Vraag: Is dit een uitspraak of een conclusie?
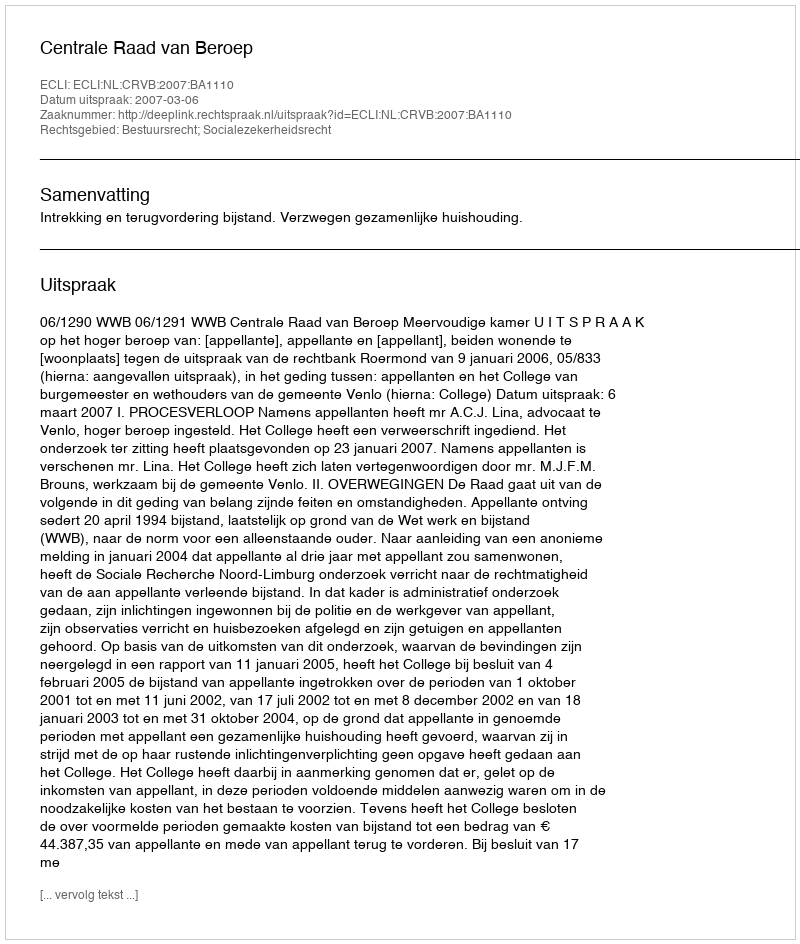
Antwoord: Uitspraak